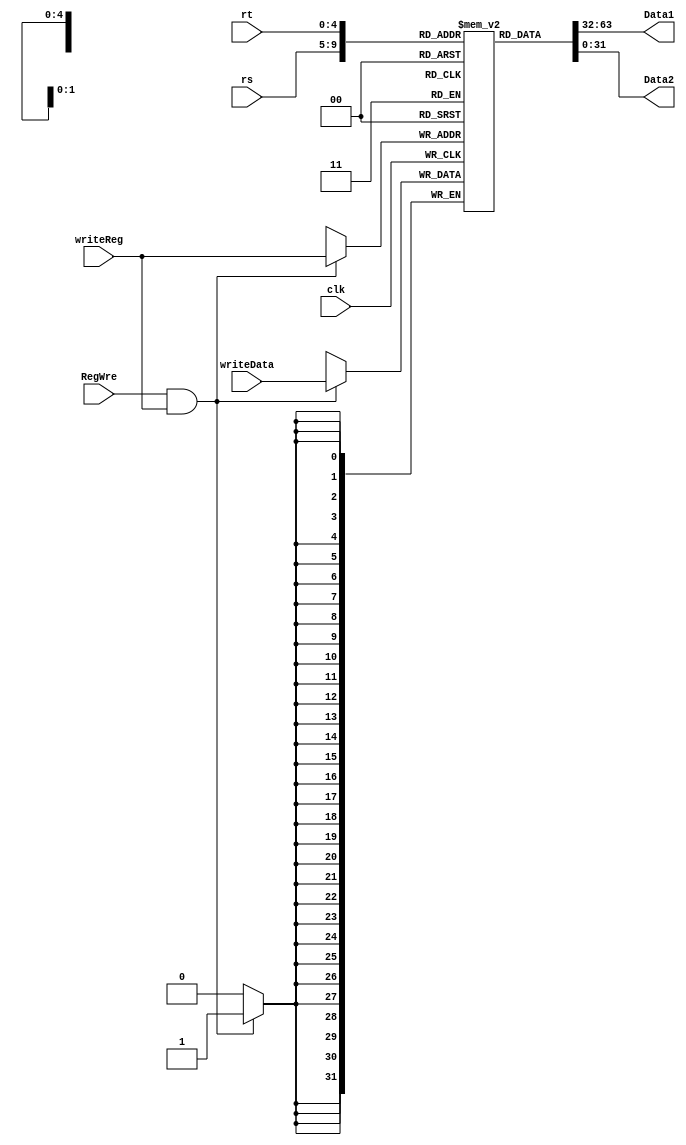
`timescale 1ns / 1ps

module registerFile(
    input clk, RegWre,
    input [4:0] writeReg,
    input [31:0] writeData,
    input [4:0] rs, rt,
    output [31:0] Data1, Data2
    ); 
    
    
    reg [31:0] register[0:31];  
    integer i;  
    initial begin  //
        for (i = 0; i < 32; i = i+1) 
        register[i] <= 0;  
    end  
    
    //
    assign Data1 = register[rs];
    assign Data2 = register[rt];
    
    always @(negedge clk) begin  //
        if (RegWre && writeReg) register[writeReg] <= writeData;  
    end  

endmodule